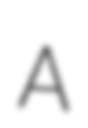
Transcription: A